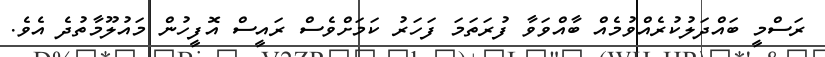
ރަސްމީ ބައްދަލުކުރެއްވުމެއް ބާއްވަވާ ފުރަތަމަ ފަހަރު ކަމަށްވެސް ރައީސް އޮފީހުން މައުލޫމާތުދެ އެވެ.